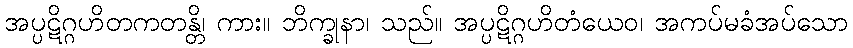
အပ္ပဋိဂ္ဂဟိတကတန္တိ၊ ကား။ ဘိက္ခုနာ၊ သည်။ အပ္ပဋိဂ္ဂဟိတံယေဝ၊ အကပ်မခံအပ်သော